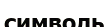
символь